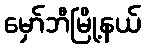
မှော်ဘီမြို့နယ်